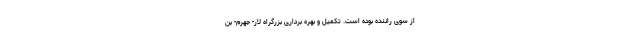
از سوی راننده بوده است. تکمیل و بهره برداری بزرگراه لار- جهرم- بن